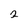
Character: 2